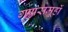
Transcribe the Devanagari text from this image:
गुणसमूहों